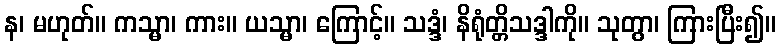
န၊ မဟုတ်။ ကသ္မာ၊ ကား။ ယသ္မာ၊ ကြောင့်။ သဒ္ဒံ၊ နိရုံတ္တိသဒ္ဒါကို။ သုတွာ၊ ကြားပြီး၍။